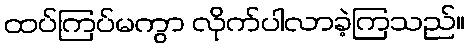
ထပ်ကြပ်မကွာ လိုက်ပါလာခဲ့ကြသည်။